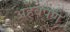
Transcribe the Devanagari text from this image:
अहेवपणे